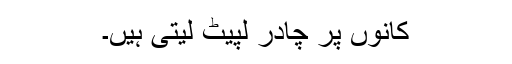
کانوں پر چادر لپیٹ لیتی ہیں۔